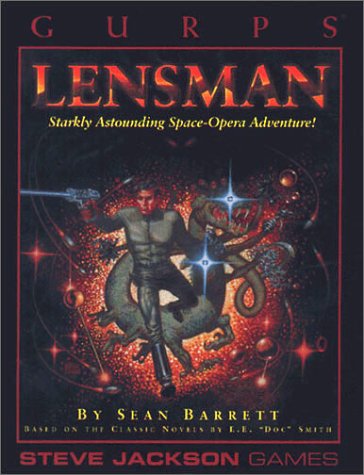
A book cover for Gurps Lensman: Starkly Astounding Space-Opera Adventure; Sean Barrett; Science Fiction & Fantasy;